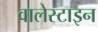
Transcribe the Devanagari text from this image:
वालेस्टाइन